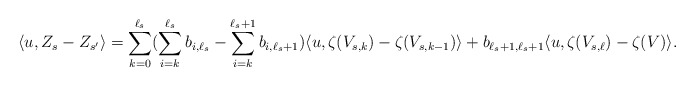
\begin{align*}\langle u , Z_s - Z_{s'} \rangle &= \sum_{k = 0}^{\ell_s} (\sum_{i = k}^{\ell_s} b_{i,\ell_s} - \sum_{i = k}^{\ell_s + 1} b_{i,\ell_s + 1})\langle u , \zeta(V_{s,k}) - \zeta(V_{s,k-1}) \rangle + b_{\ell_s + 1,\ell_s + 1} \langle u, \zeta(V_{s,\ell}) - \zeta(V) \rangle. \end{align*}